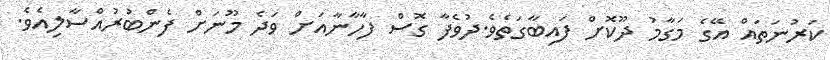
ކަރުނަތައް އޭގެ މަގާމު ދޫކޮށް ފައިބާގަތެވެ.ދުވެފާ ގޮސް ފާހާނާއަށް ވަދެ މޫނަށް ފެންބުރުއްސާލިއެވެ.